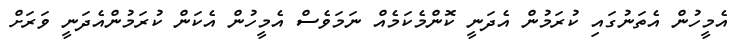
އެމީހުން އެތަނުގައި ކުރަމުން އެދަނީ ކޮންމެކަމެއް ނަމަވެސް އެމީހުން އެކަން ކުރަމުންއެދަނީ ވަރަށް